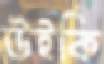
উইকি